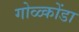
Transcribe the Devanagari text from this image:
गोळ्कोंडा